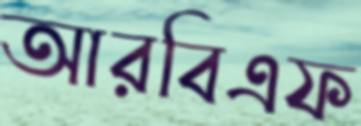
আরবিএফ